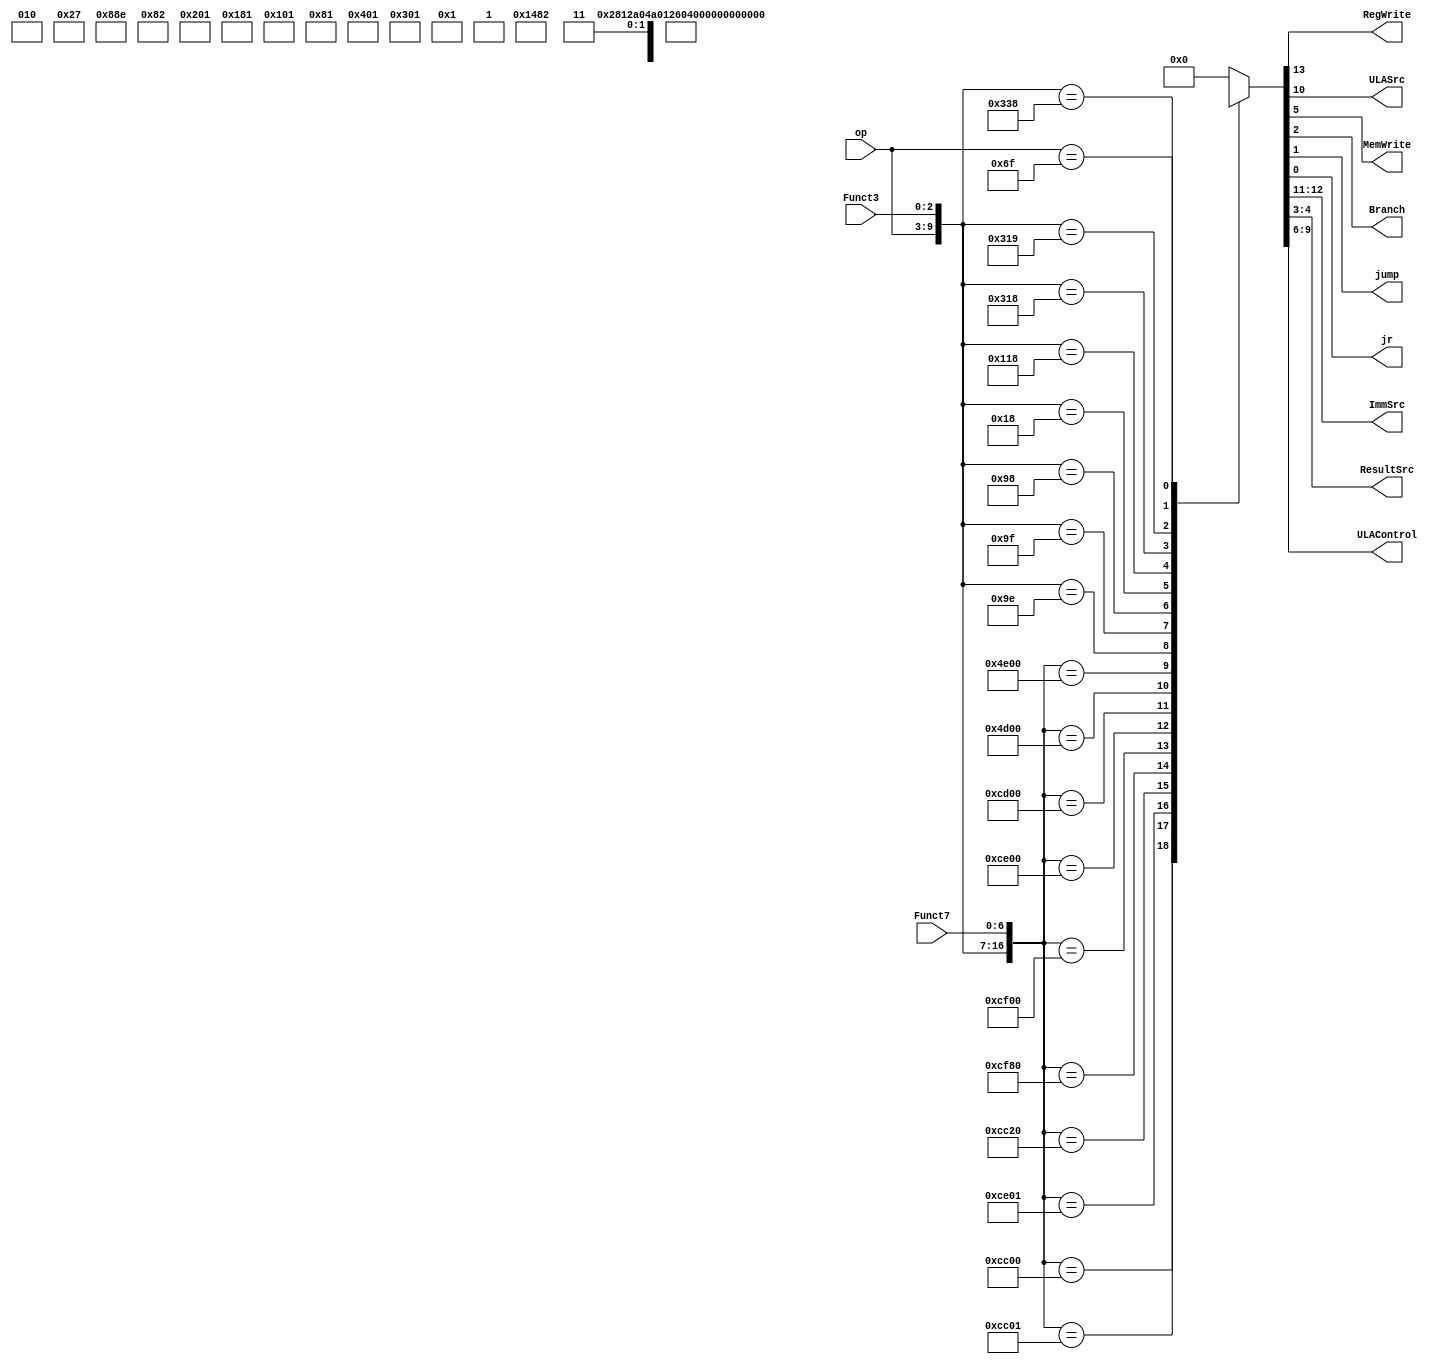
module Control_Unit( input [6:0] op, Funct7,
                   input [2:0] Funct3,
	output reg RegWrite, ULASrc, MemWrite, Branch, jump, jr,
	output reg [1:0] ImmSrc, ResultSrc,
	output reg [3:0] ULAControl);
	
	always@(*) begin
    
	    	casex( {op,Funct3, Funct7} )
		      17'b01100110000000000: // ADD
		      {RegWrite, ImmSrc, ULASrc, ULAControl, MemWrite, ResultSrc, Branch, jump, jr} = 'b1_xx_0_0000_0_00_0_0_0;
				
				17'b0110011_000_0000001: // MUL
		      {RegWrite, ImmSrc, ULASrc, ULAControl, MemWrite, ResultSrc, Branch, jump, jr} = 'b1_xx_0_0110_0_00_0_0_0; //NEW
				
				17'b0110011_100_0000001: // DIV
		      {RegWrite, ImmSrc, ULASrc, ULAControl, MemWrite, ResultSrc, Branch, jump, jr} = 'b1_xx_0_1000_0_00_0_0_0; //NEW

		      17'b01100110000100000: // SUB
		      {RegWrite, ImmSrc, ULASrc, ULAControl, MemWrite, ResultSrc, Branch, jump, jr} = 'b1_xx_0_0001_0_00_0_0_0;

		      17'b01100111110000000: // AND
		      {RegWrite, ImmSrc, ULASrc, ULAControl, MemWrite, ResultSrc, Branch, jump, jr} = 'b1_xx_0_0010_0_00_0_0_0;

		      17'b01100111100000000: // OR
		      {RegWrite, ImmSrc, ULASrc, ULAControl, MemWrite, ResultSrc, Branch, jump, jr} = 'b1_xx_0_0011_0_00_0_0_0;
				
				17'b0110011_100_0000000: // XOR
		      {RegWrite, ImmSrc, ULASrc, ULAControl, MemWrite, ResultSrc, Branch, jump, jr} = 'b1_xx_0_0100_0_00_0_0_0; //NEW

		      17'b0110011_010_0000000: // SLT
		      {RegWrite, ImmSrc, ULASrc, ULAControl, MemWrite, ResultSrc, Branch, jump, jr} = 'b1_xx_0_0101_0_00_0_0_0;
				
				17'b0010011_010_0000000: // SLTI
		      {RegWrite, ImmSrc, ULASrc, ULAControl, MemWrite, ResultSrc, Branch, jump, jr} = 'b1_00_1_0101_0_00_0_0_0; //NEW
				
				17'b0010011_100_0000000: // XORI
		      {RegWrite, ImmSrc, ULASrc, ULAControl, MemWrite, ResultSrc, Branch, jump, jr} = 'b1_00_1_0100_0_00_0_0_0; //NEW
				
				17'b0010011_110_xxxxxxx: // ORI
		      {RegWrite, ImmSrc, ULASrc, ULAControl, MemWrite, ResultSrc, Branch, jump, jr} = 'b1_00_1_0011_0_00_0_0_0; //NEW
				
				17'b0010011_111_xxxxxxx: // ANDI
		      {RegWrite, ImmSrc, ULASrc, ULAControl, MemWrite, ResultSrc, Branch, jump, jr} = 'b1_00_1_0010_0_00_0_0_0; //NEW

		      17'b0010011000xxxxxxx: // ADDI
		      {RegWrite, ImmSrc, ULASrc, ULAControl, MemWrite, ResultSrc, Branch, jump, jr} = 'b1_00_1_0000_0_00_0_0_0;
				
				17'b0000011_000_xxxxxxx: // LB
		      {RegWrite, ImmSrc, ULASrc, ULAControl, MemWrite, ResultSrc, Branch, jump, jr} = 'b1_00_1_0000_0_01_0_0_0;
				
				17'b0100011_000_xxxxxxx: // SB
		      {RegWrite, ImmSrc, ULASrc, ULAControl, MemWrite, ResultSrc, Branch, jump, jr} = 'b0_01_1_0000_1_xx_0_0_0;
				
				17'b1100011_000_xxxxxxx: // BEQ
		      {RegWrite, ImmSrc, ULASrc, ULAControl, MemWrite, ResultSrc, Branch, jump, jr} = 'b0_10_0_0001_0_xx_1_0_0;
				
				17'b1100011_001_xxxxxxx: // BNE
		      {RegWrite, ImmSrc, ULASrc, ULAControl, MemWrite, ResultSrc, Branch, jump, jr} = 'b0_10_0_0111_0_xx_1_0_0; //NEW
				
				17'b1101111_xxx_xxxxxxx: // JAL
		      {RegWrite, ImmSrc, ULASrc, ULAControl, MemWrite, ResultSrc, Branch, jump, jr} = 'b1_11_x_xxxx_0_10_x_1_0; //NEW
				
				17'b1100111_000_xxxxxxx: // JALR
		      {RegWrite, ImmSrc, ULASrc, ULAControl, MemWrite, ResultSrc, Branch, jump, jr} = 'b1_00_1_0000_0_10_x_1_1; //NEW

		      default: 	
		      {RegWrite, ImmSrc, ULASrc, ULAControl, MemWrite, ResultSrc, Branch, jump, jr} = 'b0_00_0_0000_0_00_0_0_0;
		      
	    	endcase	
    
    	end

endmodule